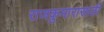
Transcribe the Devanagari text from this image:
राजकुमारासाठी